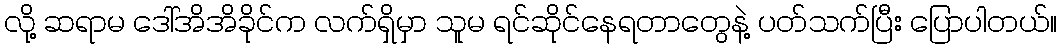
လို့ ဆရာမ ဒေါ်အိအိခိုင်က လက်ရှိမှာ သူမ ရင်ဆိုင်နေရတာတွေနဲ့ ပတ်သက်ပြီး ပြောပါတယ်။